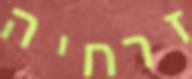
זרחיה